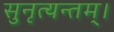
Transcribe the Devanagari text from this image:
सुनृत्यन्तम्‌।